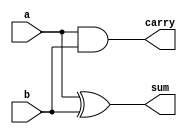

module half_adder(input a, input b, output sum, output carry);
    assign sum = a ^ b;
    assign carry = a & b;
endmodule

module full_adder(input a, input b, input cin, output sum, output cout);
    wire s1, c1, c2;

    half_adder ha1(.a(a), .b(b), .sum(s1), .carry(c1));

    half_adder ha2(.a(s1), .b(cin), .sum(sum), .carry(c2));

    assign cout = c1 | c2;
endmodule